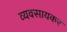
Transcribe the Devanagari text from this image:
व्यवसायकर